Report on lock hospitals in British Burma
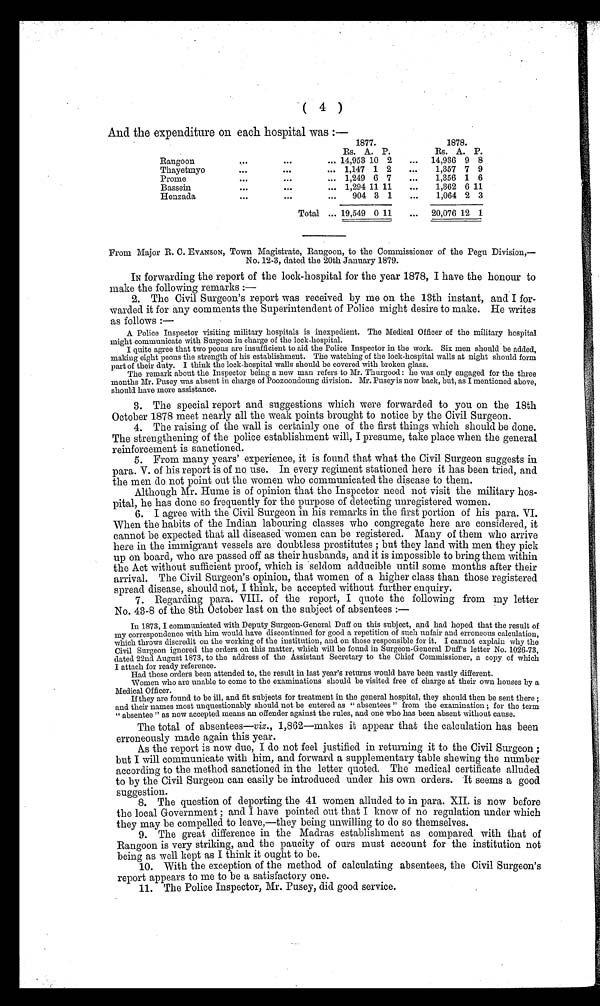
( 4 )
And the expenditure on each hospital was :—
1 8 7 7 .
1878.
Rs. A P.
Rs. A. P.
Rangoon
. . .
... 14,953 10 2
...
14,936 9 8
Thayetniyo
. . .
. . .
... 1,147 1 2
...
1,357 7 9
Prome
. . .
. . .
... 1,249 6 7
...
1,356 1 6
Bassein
. . .
. . .
... 1,294 11 11
...
1,362 6 11
Henzacla
. . .
. . .
...
904 3 1
...
1,064 2 3
Total ... 19,549 0 11
...
20,076 12 1
From Major R. C. EVANSON, Town Magistrate, Rangoon, to the Commissioner of the Pegu Division,—
No. 12-3, dated the 20th January 1879.
IN forwarding the report of the lock-hospital for the year 1878, I have the honour to
make the following remarks :
—
2. The Civil Surgeon's report was received by me on the 13th instant, and I for-
warded it for any comments the Superintendent of Police might desire to make. He writes
as follows :—
A Police Inspector visiting military hospitals is inexpedient. The Medical Officer of the military hospital
might communicate with Surgeon in charge of the lock-hospital.
I quite agree that two peons are insufficient to aid. the Police Inspector in the work. Six men should be added,
making eight peons the strength of his establishment. The watching of the lock-hospital walls at night should form
part of their duty. I think the lock-hospital walls should be covered with broken glass.
The remark about the Inspector being a new man refers to Mr. Thurgood : he was only engaged for the three
months Mr. Pusey was absent in charge of Poozooncloung division. Mr. Pusey is now back, but, as I mentioned above,
should have more assistance.
3. The special report and suggestions which were forwarded to you on the 18th
October 1878 meet nearly all the weak points brought to notice by the Civil Surgeon.
4. The raising of the wall is certainly one of the first things which should be done.
The strengthening of the police establishment will, I presume, take place when the general
reinforcement is sanctioned.
5. From many years' experience, it is found that what the Civil Surgeon suggests in
para. V. of his report is of no use. In every regiment stationed here it has been tried, and
the men do not point out the women who communicated the disease to them.
Although Mr. Hume is of opinion that the Inspector need not visit the military hos-
pital, he has done so frequently for the purpose of detecting unregistered women.
I agree with the Civil Surgeon in his remarks in the first portion of his para. VI.
When the habits of the Indian labouring classes who congregate here are considered, it
cannot be expected that all diseased women can be registered. Many of them who arrive
here in the immigrant vessels are doubtless prostitutes ; but they land with men they pick
up on board, who are passed off as their husbands, and it is impossible to bring them within
the Act without sufficient proof, which is seldom adducible until some months after their
arrival. The Civil Surgeon's opinion, that women of a higher class than those registered
spread disease, should not, I think, be accepted without further enquiry.
6. Regarding para. VIII. of the report, I quote the following from my letter
No. 43-8 of the 8th October last on the subject of absentees : —
In 1873, I communicated with Deputy Surgeon-General Duff on this subject, and had hoped that the result of
my correspondence with him would have discontinued for good a repetition of such unfair and erroneous calculation,
which throws discredit on the working of the institution, and on those responsible for it. I cannot explain why the
Civil Surgeon ignored the orders on this matter, which will be found in Surgeon-General Duff's letter No. 1026-73,
dated 22nd August 1873, to the address of the Assistant Secretary to the Chief Commissioner, a copy of which
I attach for ready reference.
Had these orders been attended to, the result in last year's returns would have been vastly different.
Women who are unable to come to the examinations should be visited free of charge at their own houses by a
Medical Officer.
If they are found to be ill, and fit subjects for treatment in the general hospital, they should then be sent there ;
and their names most unquestionably should not be entered as " absentees " from the examination ; for the term
" absentee " as now accepted means an offender against the rules, and one who has been absent without cause.
The total of absentees—viz ., 1,862—makes it appear that the calculation has been
erroneously made again this year.
As the report is now due, I do not feel justified in returning it to the Civil Surgeon ;
but I will communicate with him, and forward a supplementary table shewing the number
according to the method sanctioned in the letter quoted. The medical certificate alluded
to by the Civil Surgeon can easily be introduced under his own orders. It seems a good
suggestion.
7. The question of deporting the 41 women alluded to in para. XII. is now before
the local Government ; and I have pointed out that I know of no regulation under which
they may be compelled to leave,—they being unwilling to do so themselves.
8. The great difference in the Madras establishment as compared with that of
Rangoon is very striking, and the paucity of ours must account for the institution not
being as well kept as I think it ought to be.
9.
With the exception of the method of calculating absentees, the Civil Surgeon's
report appears to me to be a satisfactory one.
10. The Police Inspector, Mr. Pusey, did good service.